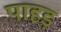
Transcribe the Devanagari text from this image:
पाहड़